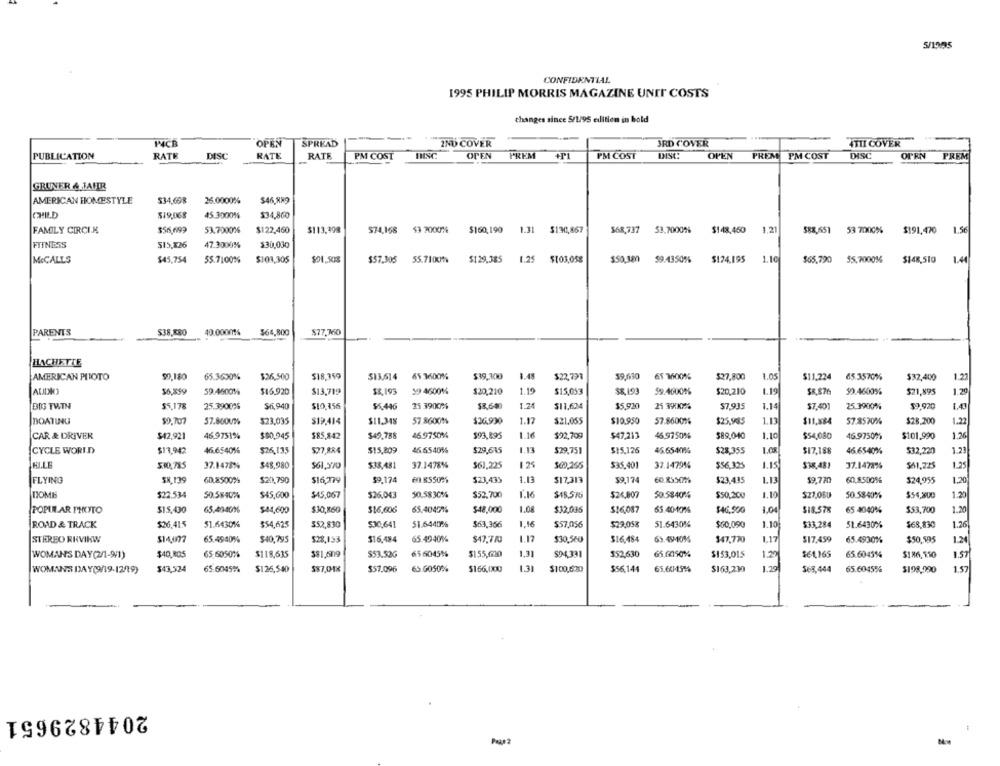
5/1995
CONFIDENTIAL
1995 PHILIP MORRIS MAGAZINE UNIT COSTS
changes since 5/1/95 edition in bold
PCB
OPEN
SPREAD
IND COVER
IRD COVER
4TII COVER
OPEN
DISC
PUBLICATION
RATE
DISC
RATE
RATE
PM COST
DISC
PREM
+PL
PM COST
DISt:
OPEN
PREM PM COST
OPEN
PREM
GRUNER & JAHR
AMERICAN HOMESTYLE
$3-4,698
$46.889
26.0000%
CHILD
$19,068
45.3000%
$34,860
FAMILY CIRCIK
$56,699
53.7000%
$122,460
$113.398
574,168
$3 2000%
$160,190
1.31
$1301,867
568,737
53.7000%
$148,450
1.21
$88,651
53 7000%
$191,470 1.56
FTINESS
$15,726
47.3000%
$30,030
MeCALLS
$45,754
55.7100%
$103,305
$01.508
$57.305
55.7100%
$129,385
1.25
$103,058
$50.380
59.4350%
$124.195
1.10
$65,790 55.70001% $148,510 1.44
PARENTS
$38,880
40.0000%
$64,800
$77.760
HACHETTE
AMERICAN PHOTO
$0.180
65.3630%
$36,500
518,159
$13.614
65 3600%
$39,300
1.48
$22,791
$9,630
65 3600%
$27,800
1.05
$11,224
65.3570%
$32,400
1.22
AUDIO
56,359
59.460014
$16.920
$8,193
59 4600%
$20,210
1.19
$15,053
$8,193
59.46001%
$20.210
1.19
$8.876
50.4600%
$21,895
1.29
$13,719
BIG TWIN
55.178
25.3900%
$6,940
$10,156
$5.446
25 3900%
53.600
1.24
$11,624
$5,920
$7,935
1.14
$7.401
25.3900%
$9,920
1.43
DOATINU
$0,707
57.8000%
$23,035
$19.414
$11.348
57.86001%
$26.900
1.17
$21,055
$10.950
57.8600%
$25,985
1.13
$11.884
57.8570%
$28.200
1.22
CAR & DRIVER
$42,921
46.9751%
$$0,945
$85,842
$49.788
46.9750%
$93,895
1.16
$22,709
$47,213
46.9750%
$89,040
1.10
$54,080
46.9750%
$101.990
1.26
CYCLE WORLD
$13,942
46.6540%
$26,135
577,884
$15,809
46 65406
$29,615
1.13
$29,751
$15,126
45.654014
$28,355
$17,188
46.6540%
532,220
1.23
510,715
37.1478%
$48,980
$61.570
$38.481
37.1478%
$61,225
$35,401
32.1479%
$56,325
LIS
$38,481
37.1478%
$41,225
1.25
FLYING
60.8500%
$201,790
$16,79
59.174
$23,435
1.13
$17.313
$9,174
60.8550%%
$23.435
1.13
59.770
60,8.5009%
$24,955
1.20
TIOMES
$22.534
$45,600
$45,067
$26.043
50.5830%
$52.700
1.16
$18.576
$24,807
50.584016
$50,200
$27,060
50.5840%
$54,800
1.20
POPUNAR PHOTO
$15,430
65.4940%
$44,600
$30,860
$16,606
65.4049%
$48,000
1.08
$32,035
$16,087
65.40-10%
$46.500
$18.578
65 4040%
$53,700
1.20
1.10
ROAD & TRACK
$26,415
31.6430%
$54,625
552,830
530,641
51.64406
$63,366
1.16
$57,056
$29,05%
51.6430%
$60,090
$33,284
51.6430%
$68,830
1.26
1.17
17
STEREO RRVIKW
65.4940%
$40,795
528,153
$16,484
65.4940%
$47.710
$30,560
$16,484
63.49-10%
147,770
$17.459
65.4930%
$50,595
1.2
WOMAN'S DAY (2/1-9/1)
$40,805
65-6050%
$118,635
$81,609
$53.52G
65 6045%
$155,630
1,31
594,331
$52,630
65 6050%%
$153,015
$61,165
65.6045%
$186,510
1.57
$43,524
65.6045%
$57,096
63.0050%
1.31
$56.144
1.29
WOMANS DAY(9/19-12/19)
$126,540
587,01%
$166,000
$100,620
$163,230
568,444
65.6045%
$198.990
1.57
2044829651